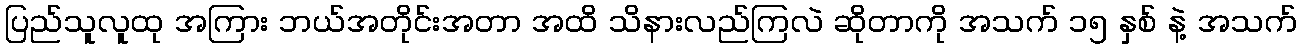
ပြည်သူလူထု အကြား ဘယ်အတိုင်းအတာ အထိ သိနားလည်ကြလဲ ဆိုတာကို အသက် ၁၅ နှစ် နဲ့ အသက်